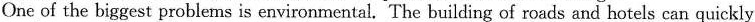
One of the biggest problems is environmental. The building of roads and hotels can quickly